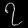
Digit: ၇